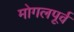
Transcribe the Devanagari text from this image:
मोगलपूर्व